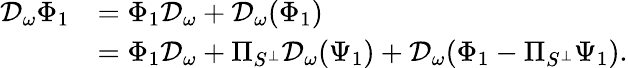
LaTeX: \begin{array}{rl}{\mathcal{D}_{\omega}\Phi_{1}}&{=\Phi_{1}\mathcal{D}_{\omega}+\mathcal{D}_{\omega}(\Phi_{1})}\\ &{=\Phi_{1}\mathcal{D}_{\omega}+\Pi_{S^{\perp}}\mathcal{D}_{\omega}(\Psi_{1})+\mathcal{D}_{\omega}(\Phi_{1}-\Pi_{S^{\perp}}\Psi_{1}).}\end{array}